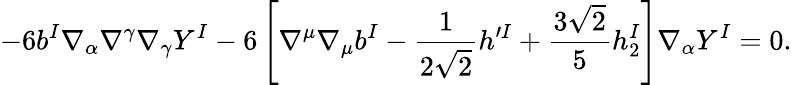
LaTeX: -6b^{I}\nabla_{\alpha}\nabla^{\gamma}\nabla_{\gamma}Y^{I}-6\left[\nabla^{\mu}\nabla_{\mu}b^{I}-\frac{1}{2\sqrt{2}}h^{\prime I}+\frac{3\sqrt{2}}{5}h_{2}^{I}\right]\nabla_{\alpha}Y^{I}=0.